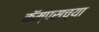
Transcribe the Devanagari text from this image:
कॅम्पसच्या